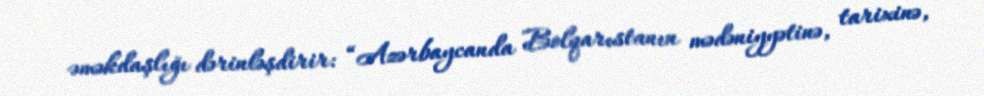
əməkdaşlığı dərinləşdirir: “Azərbaycanda Bolqarıstanın mədəniyyətinə, tarixinə,